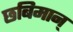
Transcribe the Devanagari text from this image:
छबिमान्